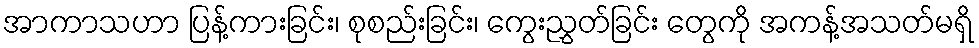
အာကာသဟာ ပြန့်ကားခြင်း၊ စုစည်းခြင်း၊ ကွေးညွှတ်ခြင်း တွေကို အကန့်အသတ်မရှိ